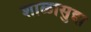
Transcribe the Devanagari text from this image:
शाळासुद्दा